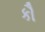
કૌ